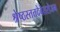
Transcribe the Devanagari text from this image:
श्रेष्ठस्तत्तदेवेतरोजन